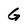
Character: G